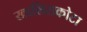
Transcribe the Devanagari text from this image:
खालिसकोटा